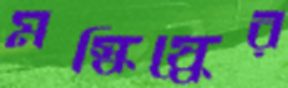
মস্কিষ্কের